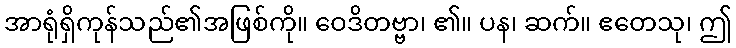
အာရုံရှိကုန်သည်၏အဖြစ်ကို။ ဝေဒိတဗ္ဗာ၊ ၏။ ပန၊ ဆက်။ ဧတေသု၊ ဤ